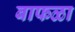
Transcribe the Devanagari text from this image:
बाफळा